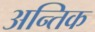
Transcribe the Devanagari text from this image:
अन्तिक